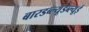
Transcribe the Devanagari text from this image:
बारडब्ल्यूडब्ल्यूई